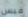
فيس